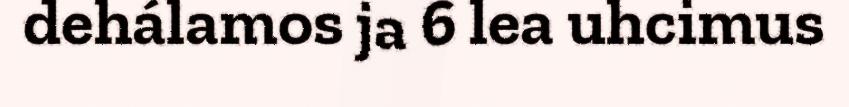
dehálamos ja 6 lea uhcimus